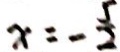
x = - \frac { 5 } { 2 }